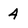
Character: 4